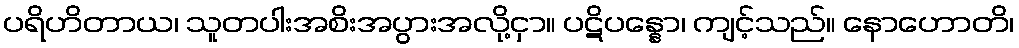
ပရိဟိတာယ၊ သူတပါးအစိးအပွားအလို့ငှာ။ ပဋိပန္နော၊ ကျင့်သည်။ နောဟောတိ၊